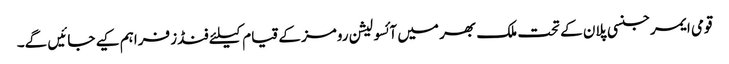
قومی ایمرجنسی پلان کے تحت ملک بھر میں آئسولیشن رومز کے قیام کیلئے فنڈز فراہم کیے جائیں گے۔